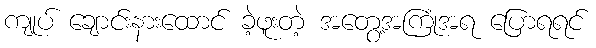
ကျုပ် ချောင်းနားထောင် ခဲ့ဖူးတဲ့ အတွေ့အကြုံအရ ပြောရရင်